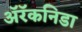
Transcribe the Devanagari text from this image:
अॅरॅकनिडा